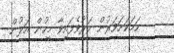
ހަމަކަށަވަރުން މަރުވެފައިވާ މީހުން އަލުން